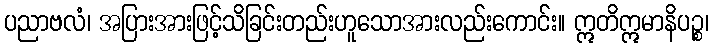
ပညာဗလံ၊ အပြားအားဖြင့်သိခြင်းတည်းဟူသောအားလည်းကောင်း။ ဣတိဣမာနိပဉ္စ၊